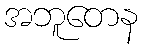
အဘူတေန